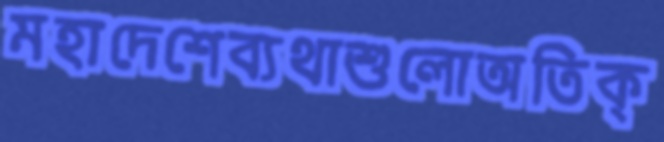
মহাদেশেব্যথাশুলোঅতিক্